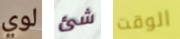
لوي شئ الوقت